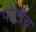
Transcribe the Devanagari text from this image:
पोटीच